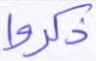
ذكروا